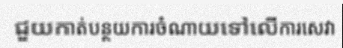
ជួយកាត់បន្ថយការចំណាយទៅលើការសេវា